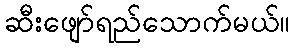
ဆီးဖျော်ရည်သောက်မယ်။